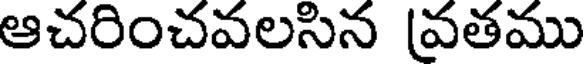
ఆచరించవలసిన [వతము